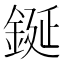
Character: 鋋